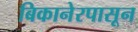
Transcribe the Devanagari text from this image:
बिकानेरपासून